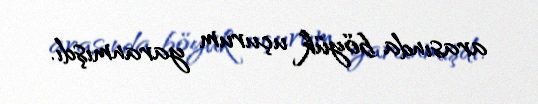
arasında böyük uçurum yaranmışdı.